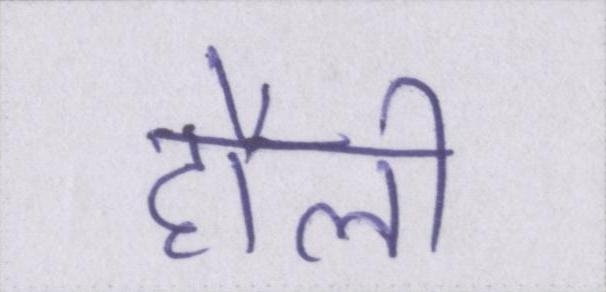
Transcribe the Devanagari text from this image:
हौली